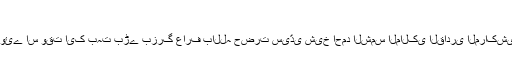
قطبِ مدینہ کی اکابرین سے ملاقات و اجازت:
حضرت مدنی﷫ جن دنوں مدینۂ منورہ میں حاضر ہوئے اس وقت ایک بہت بڑے بزرگ عارف باللہ حضرت سیّدی شیخ احمد الشمس المالکی القادری المراکشی قدس سرہ العزیز مدینۂ منورہ میں موجود تھے۔